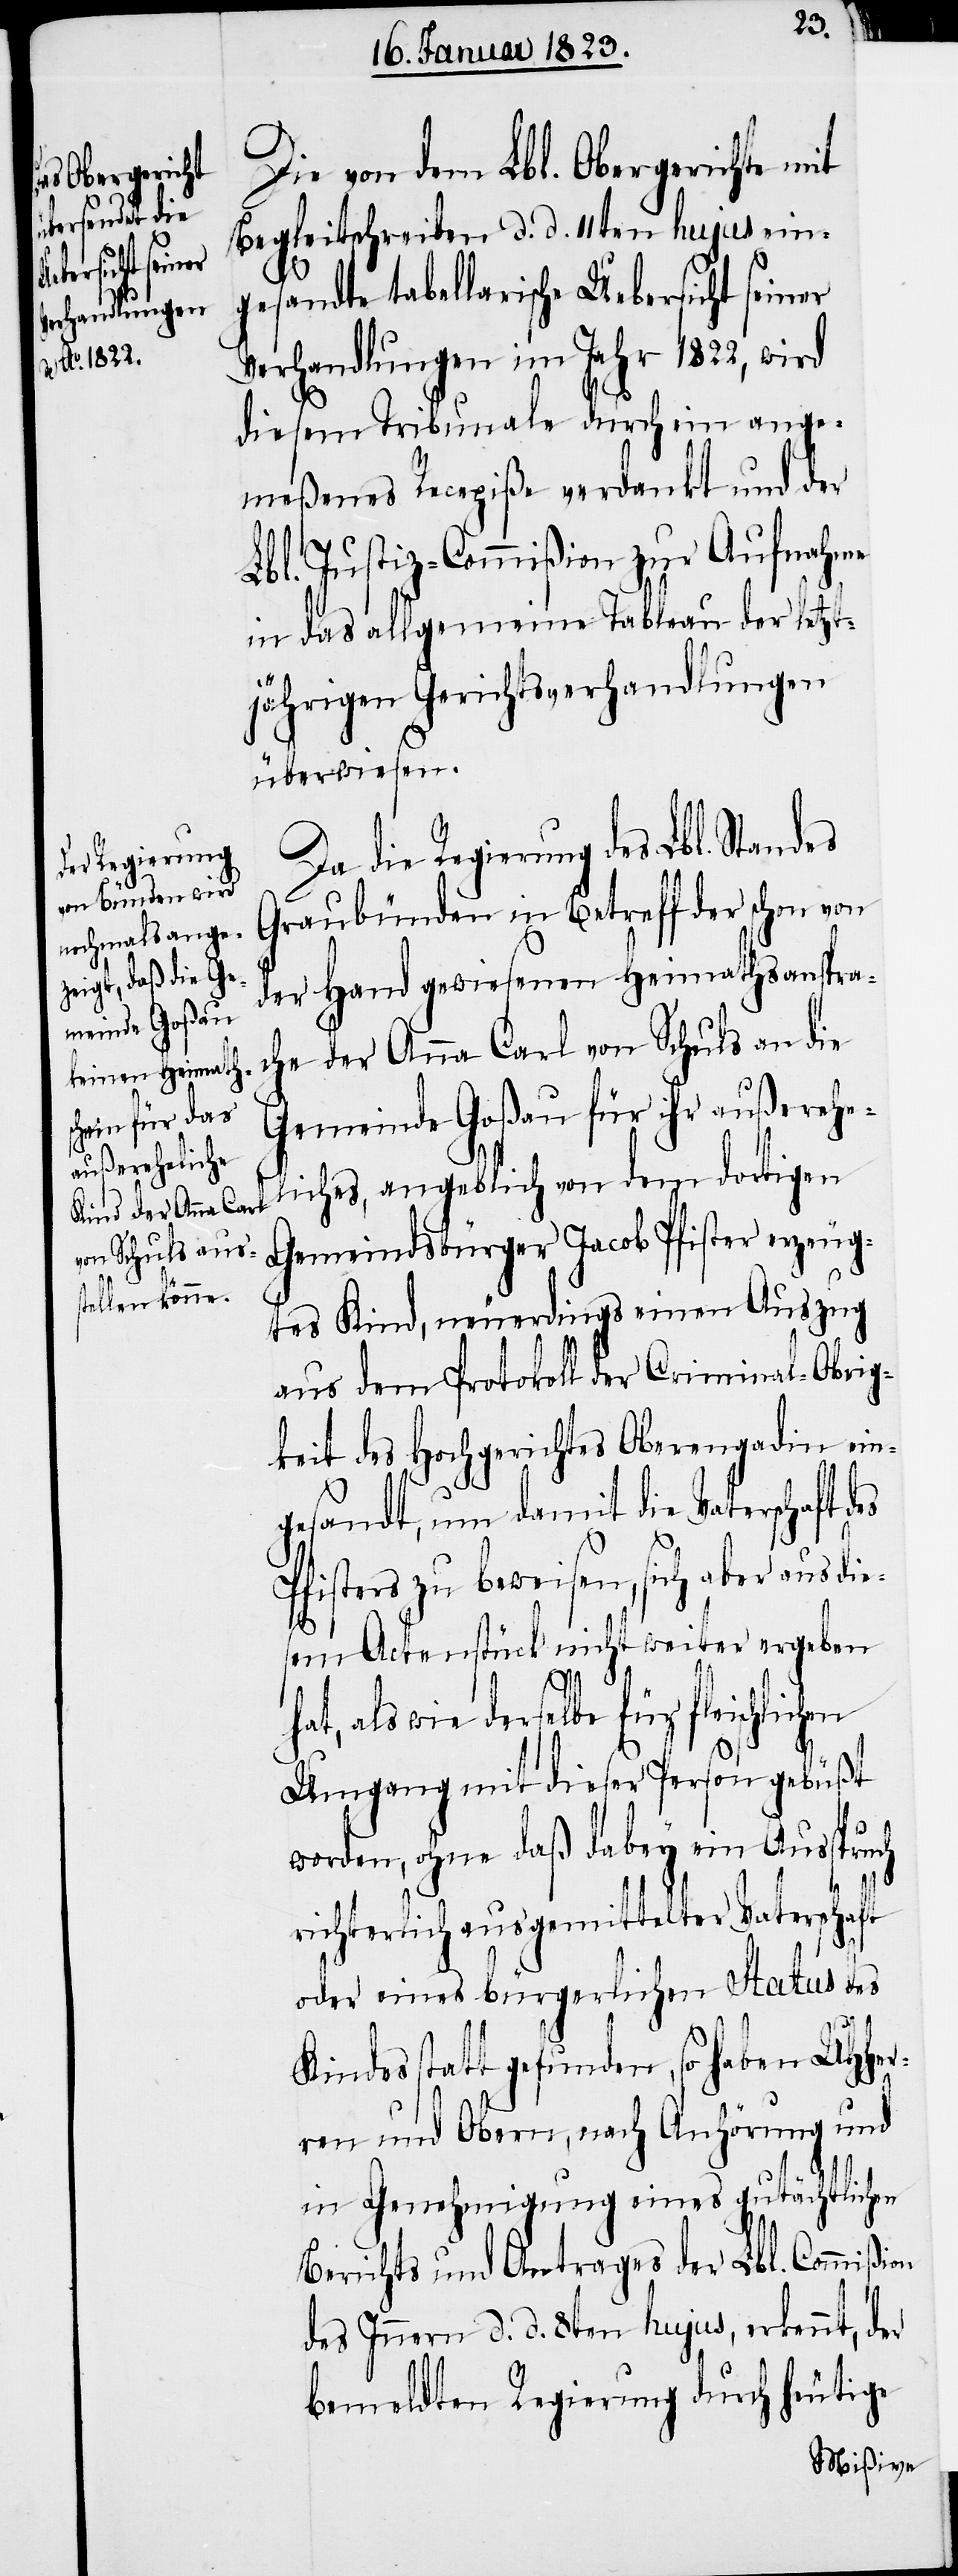
lichen
die Regierung

die¬
Die von dem Lbl. Obergerichte
Begleitschreiben d. d. 11ten hujus ein¬
gesandte tabellarische Uebersicht seiner
Verhandlungen im Jahr 1822, wird
diesem Tribunale durch ein ange¬
meßenes Recepiße verdankt und der
Lbl. Justiz-Commißion zur Aufnahme
in das allgemeine Tableau der letzt¬
jährigen Gerichtsverhandlungen
überwiesen.
Graubünden in Betreff der schon von
der Hand gewiesenen Heimathsanspra¬
che der Anna Carl von Schuls an die
Gemeinde Goßau für ihr außerehe¬
liches, angeblich von dem dortigen
Gemeindsbürger Jacob Pfister erzeug¬
tes Kind, neuerdings einen Auszug
aus dem Protokoll der Criminal-Obrig¬
keit des Hochgerichtes Oberengadin ein¬
gesandt, um damit die Vaterschaft des
fisters zu beweisen, sich aber aus
sem Actenstück nicht weiter ergeben
on
hat, als wie derselbe für fleisch¬
Umgang mit dieser Person gebüßt
worden, ohne daß dabey ein Ausspruch
richterlich ausgemittelter Vaterschaft
oder eines bürgerlichen Status des
Kindes statt gefunden, so haben UHHer¬
ren und Obern, nach Anhörung und
in Genehmigung eines gutächtlichen
Berichts und Antrages der Lbl. Commißi¬
des Innern d. d. 8ten hujus, erkennt, der
bemeldten Regierung durch heutige